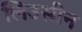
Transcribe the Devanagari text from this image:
लिउसीन